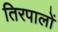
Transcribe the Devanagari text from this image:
तिरपालों